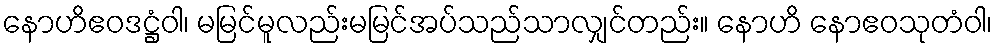
နောဟိဧဝဒဋ္ဌံဝါ၊ မမြင်မူလည်းမမြင်အပ်သည်သာလျှင်တည်း။ နောဟိ နောဧဝသုတံဝါ၊